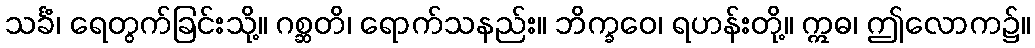
သင်္ခံ၊ ရေတွက်ခြင်းသို့။ ဂစ္ဆတိ၊ ရောက်သနည်း။ ဘိက္ခဝေ၊ ရဟန်းတို့။ ဣဓ၊ ဤလောက၌။